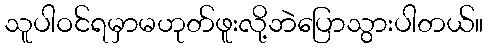
သူပါဝင်ရမှာမဟုတ်ဖူးလို့ဘဲပြောသွားပါတယ်။